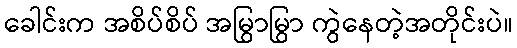
ခေါင်းက အစိပ်စိပ် အမြွာမြွာ ကွဲနေတဲ့အတိုင်းပဲ။